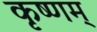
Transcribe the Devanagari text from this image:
कृष्णम्